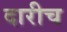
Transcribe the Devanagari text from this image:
दारीच